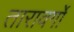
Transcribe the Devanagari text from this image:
तारावर्गो